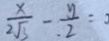
\frac { x } { 2 \sqrt { 3 } } - \frac { y } { . 2 } =